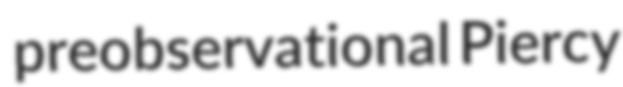
preobservational Piercy